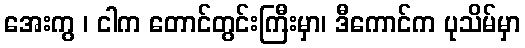
အေးကွ ၊ ငါက တောင်တွင်းကြီးမှာ၊ ဒီကောင်က ပုသိမ်မှာ